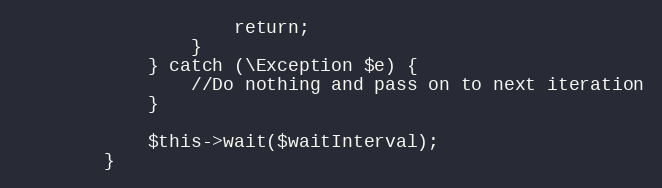
Language: PHP
                    return;
                }
            } catch (\Exception $e) {
                //Do nothing and pass on to next iteration
            }

            $this->wait($waitInterval);
        }